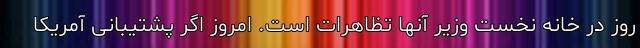
روز در خانه نخست وزیر آنها تظاهرات است. امروز اگر پشتیبانی آمریکا